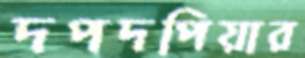
দপদপিয়ার